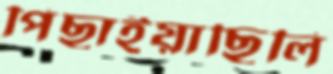
পিছাইয়াছিলি